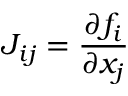
J _ { i j } = \frac { \partial f _ { i } } { \partial x _ { j } }